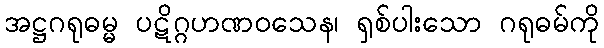
အဋ္ဌဂရုဓမ္မ ပဋိဂ္ဂဟဏဝသေန၊ ရှစ်ပါးသော ဂရုဓမ်ကို